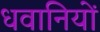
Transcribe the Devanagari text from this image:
धवानियों